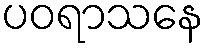
ပဝရာသနေ